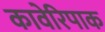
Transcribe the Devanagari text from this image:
कावेरिपाक